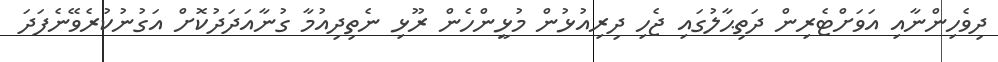
ދިވެހިންނާއި އަވަށްޓެރިން ދަތިޙާލުގައި ޖެހި ދިރިއުޅުން މުޅީންހެން ރޫޅި ނެތިދިއުމާ ގުނާއަދަދުކޮށް އަގުނުކުރެވޭނެފަދަ